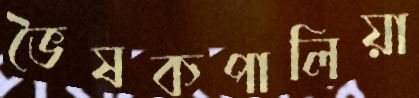
ভৈষকপালিয়া